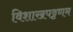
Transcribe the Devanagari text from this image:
विशाखपट्टणम